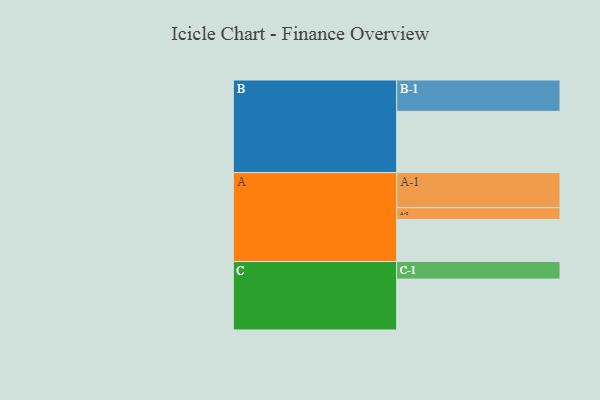
{"axis": {"x": "Segment", "y": "Value"}, "legend": ["", "A", "B", "C"], "data": [{"x": "A", "y": 340, "type": ""}, {"x": "B", "y": 495, "type": ""}, {"x": "C", "y": 411, "type": ""}, {"x": "A-1", "y": 283, "type": "A"}, {"x": "A-2", "y": 95, "type": "A"}, {"x": "B-1", "y": 253, "type": "B"}, {"x": "C-1", "y": 142, "type": "C"}]}